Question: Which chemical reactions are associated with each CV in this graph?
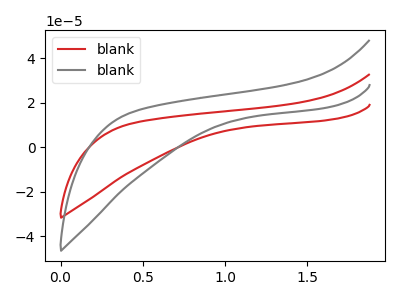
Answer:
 <answer>The red curve is labeled "blank1". The gray curve is labeled "blank2".</answer>
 <eval></eval>